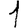
Digit: 1